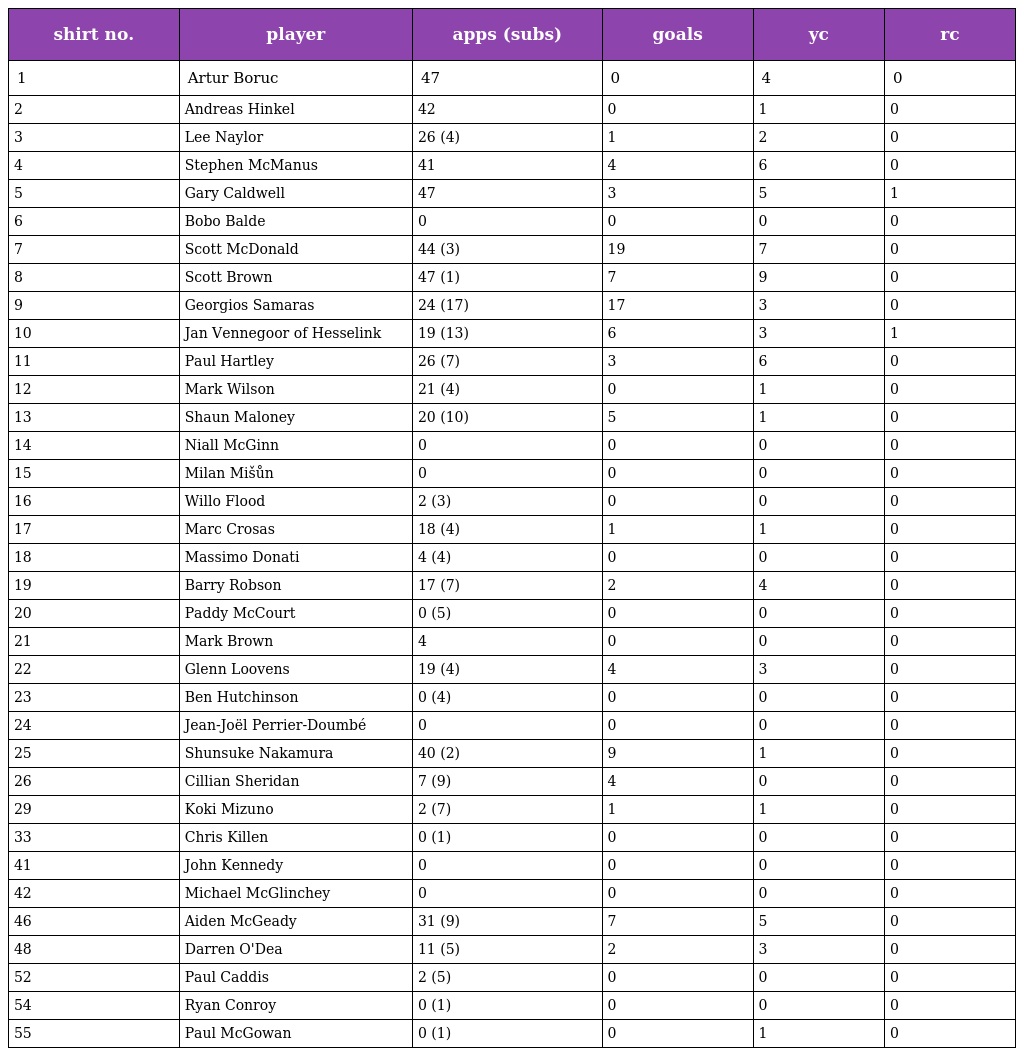
| shirt no. | player | apps (subs) | goals | yc | rc |
 | --- | --- | --- | --- | --- | --- |
 | 1 | Artur Boruc | 47 | 0 | 4 | 0 |
 | 2 | Andreas Hinkel | 42 | 0 | 1 | 0 |
 | 3 | Lee Naylor | 26 (4) | 1 | 2 | 0 |
 | 4 | Stephen McManus | 41 | 4 | 6 | 0 |
 | 5 | Gary Caldwell | 47 | 3 | 5 | 1 |
 | 6 | Bobo Balde | 0 | 0 | 0 | 0 |
 | 7 | Scott McDonald | 44 (3) | 19 | 7 | 0 |
 | 8 | Scott Brown | 47 (1) | 7 | 9 | 0 |
 | 9 | Georgios Samaras | 24 (17) | 17 | 3 | 0 |
 | 10 | Jan Vennegoor of Hesselink | 19 (13) | 6 | 3 | 1 |
 | 11 | Paul Hartley | 26 (7) | 3 | 6 | 0 |
 | 12 | Mark Wilson | 21 (4) | 0 | 1 | 0 |
 | 13 | Shaun Maloney | 20 (10) | 5 | 1 | 0 |
 | 14 | Niall McGinn | 0 | 0 | 0 | 0 |
 | 15 | Milan Mišůn | 0 | 0 | 0 | 0 |
 | 16 | Willo Flood | 2 (3) | 0 | 0 | 0 |
 | 17 | Marc Crosas | 18 (4) | 1 | 1 | 0 |
 | 18 | Massimo Donati | 4 (4) | 0 | 0 | 0 |
 | 19 | Barry Robson | 17 (7) | 2 | 4 | 0 |
 | 20 | Paddy McCourt | 0 (5) | 0 | 0 | 0 |
 | 21 | Mark Brown | 4 | 0 | 0 | 0 |
 | 22 | Glenn Loovens | 19 (4) | 4 | 3 | 0 |
 | 23 | Ben Hutchinson | 0 (4) | 0 | 0 | 0 |
 | 24 | Jean-Joël Perrier-Doumbé | 0 | 0 | 0 | 0 |
 | 25 | Shunsuke Nakamura | 40 (2) | 9 | 1 | 0 |
 | 26 | Cillian Sheridan | 7 (9) | 4 | 0 | 0 |
 | 29 | Koki Mizuno | 2 (7) | 1 | 1 | 0 |
 | 33 | Chris Killen | 0 (1) | 0 | 0 | 0 |
 | 41 | John Kennedy | 0 | 0 | 0 | 0 |
 | 42 | Michael McGlinchey | 0 | 0 | 0 | 0 |
 | 46 | Aiden McGeady | 31 (9) | 7 | 5 | 0 |
 | 48 | Darren O'Dea | 11 (5) | 2 | 3 | 0 |
 | 52 | Paul Caddis | 2 (5) | 0 | 0 | 0 |
 | 54 | Ryan Conroy | 0 (1) | 0 | 0 | 0 |
 | 55 | Paul McGowan | 0 (1) | 0 | 1 | 0 |